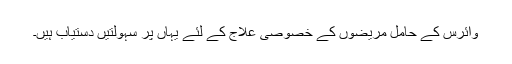
وائرس کے حامل مریضوں کے خصوصی علاج کے لئے یہاں پر سہولتیں دستیاب ہیں۔